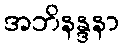
အဘိနန္ဒနာ